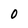
Character: 0